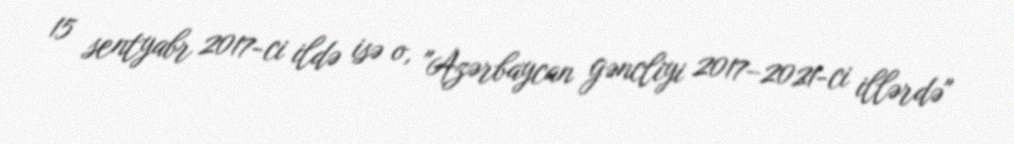
15 sentyabr 2017-ci ildə isə o, "Azərbaycan gəncliyi 2017–2021-ci illərdə"